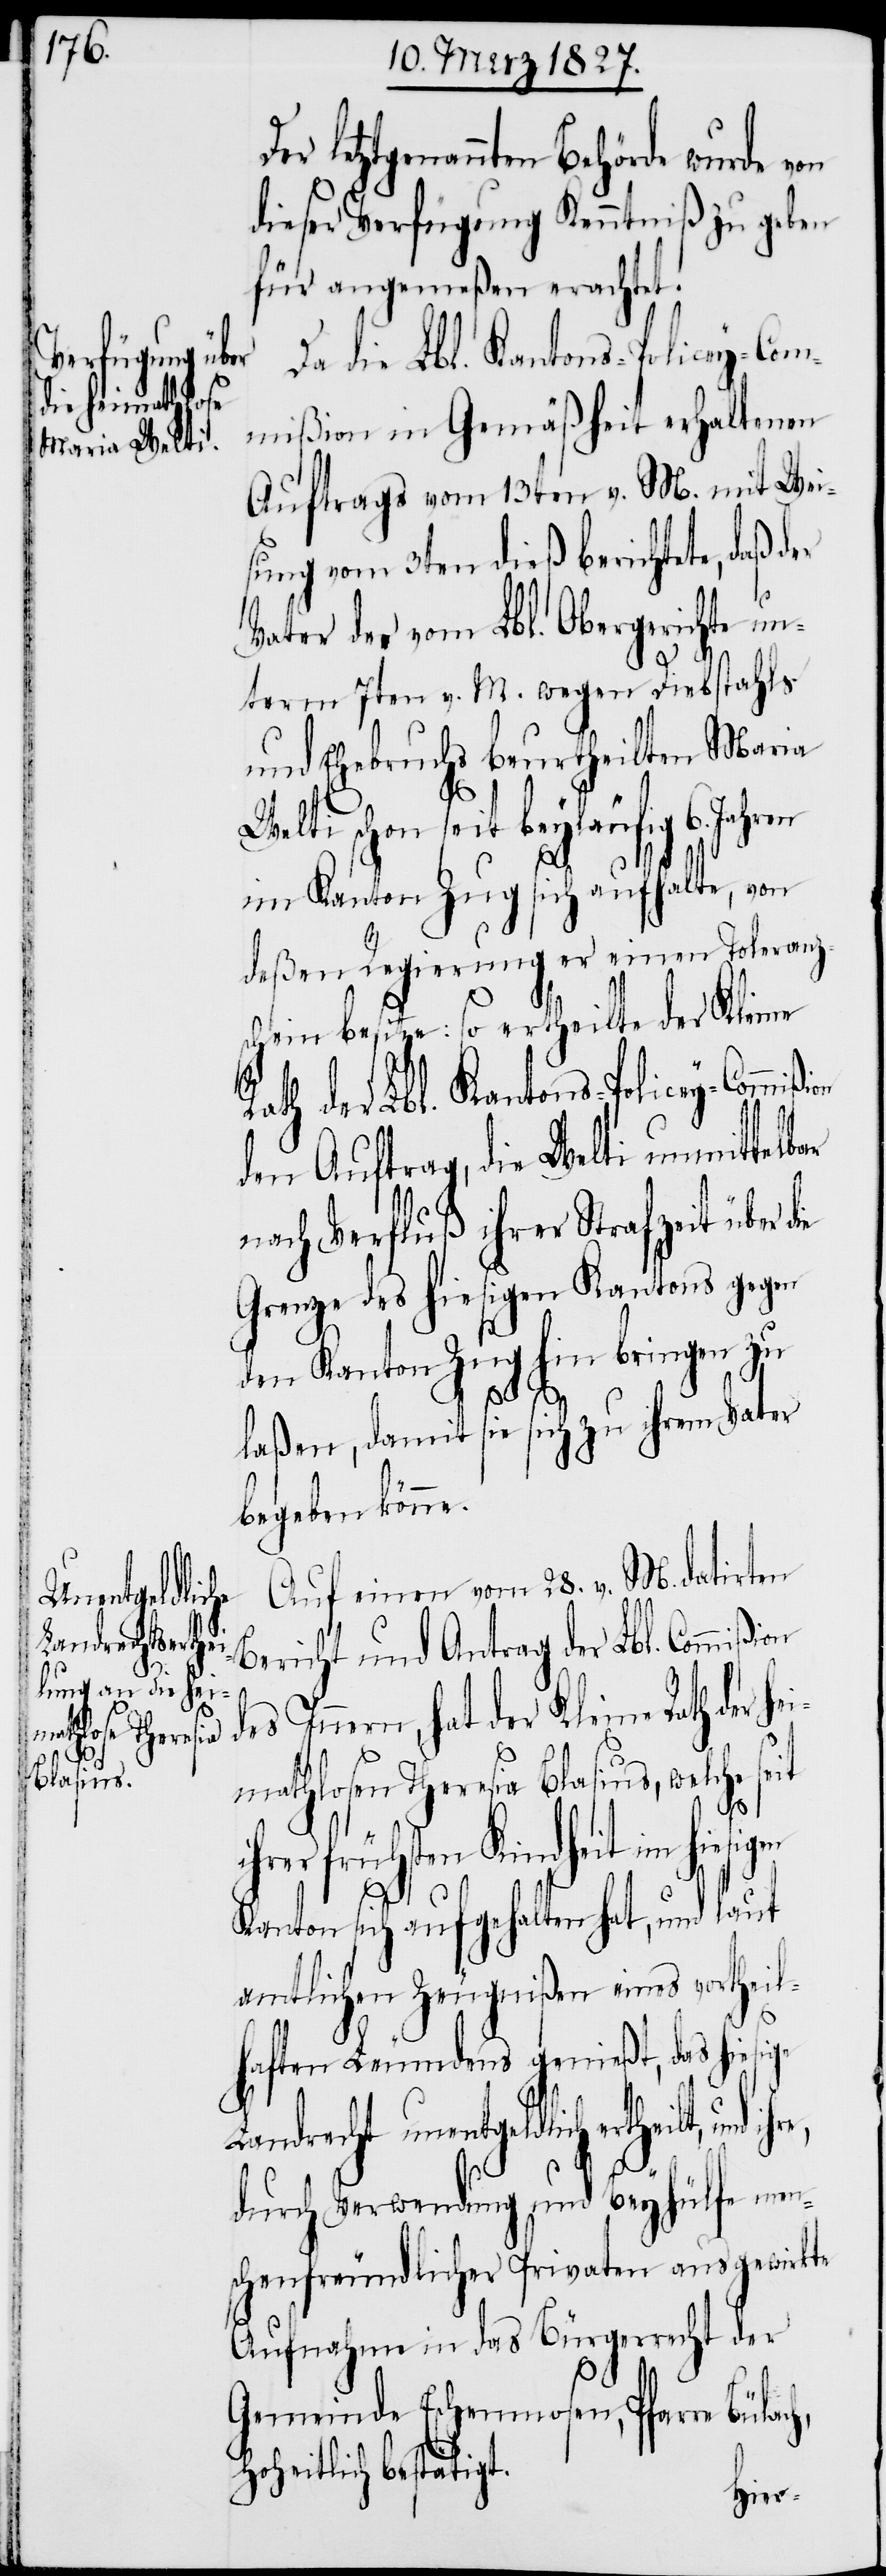
igen
ion
und ihre,

letztgenannten Behörde wurde von
dieser Vefügung Kenntniß zu geben
für angemeßen erachtet.
Da die Lbl. Kantons-Policey-Com¬
mißion in Gemäßheit erhaltenen
Auftrags vom 13ten v. M. mit Wei¬
sung vom 3ten dieß berichtete, daß d¬
Vater der vom Lbl. Obergerichte un¬
s¬
term 7ten v. M. wegen Diebstahls
und Ehebruchs beurtheilten Maria
Welti schon seit beyläufig 6.
im Kanton Zug sich aufhalte, von
deßen Regierung er einen Toleranz¬
chein besitze: so ertheilte der Kleine
Rath der Lbl. Kantons-Policey-Commiß¬
den Auftrag, die Welti unmitte¬
nach Verfluß ihrer Strafzeit über
Grenze des hiesigen Kantons gegen
den Kanton Zug hin bringen zu
laßen, damit sie sich zu ihrem Vater
begeben könne.
Auf einen vom 28. v. M. datirten
Bericht und Antrag der Lbl. Commißion
nern, hat der Kleine Rath der he¬
imathlosen Theresia Blasius, welche se¬
i¬
hrer frühsten Kindheit im hies¬
Kanton sich aufgehalten hat, und laut
amtlichen Zeugnißen eines vortheil¬
haften Leumdens genießt, das hiesige
Landrecht unentgeldlich
durch Verwendung und Beyhülfe men¬
schenfreundlicher Privaten ausgewirkte
Aufnahme in das Bürgerrecht der
Gemeinde Eschenmosen, Pfarre
Hoheitlich bestätigt.